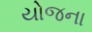
યોજના